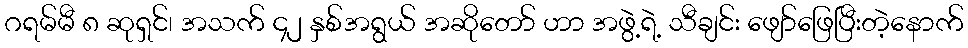
ဂရမ်မီ ၈ ဆုရှင်၊ အသက် ၄၂ နှစ်အရွယ် အဆိုတော် ဟာ အဖွဲ့ရဲ့ သီချင်း ဖျော်ဖြေပြီးတဲ့နောက်